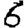
Digit: 6